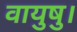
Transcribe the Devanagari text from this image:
वायुषु।